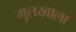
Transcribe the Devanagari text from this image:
मुलखाला